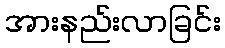
အားနည်းလာခြင်း